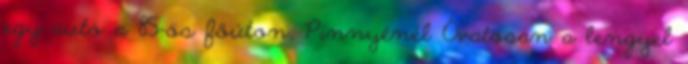
egy autó a 85-ös főúton, Pinnyénél Óvatosan a lengyel